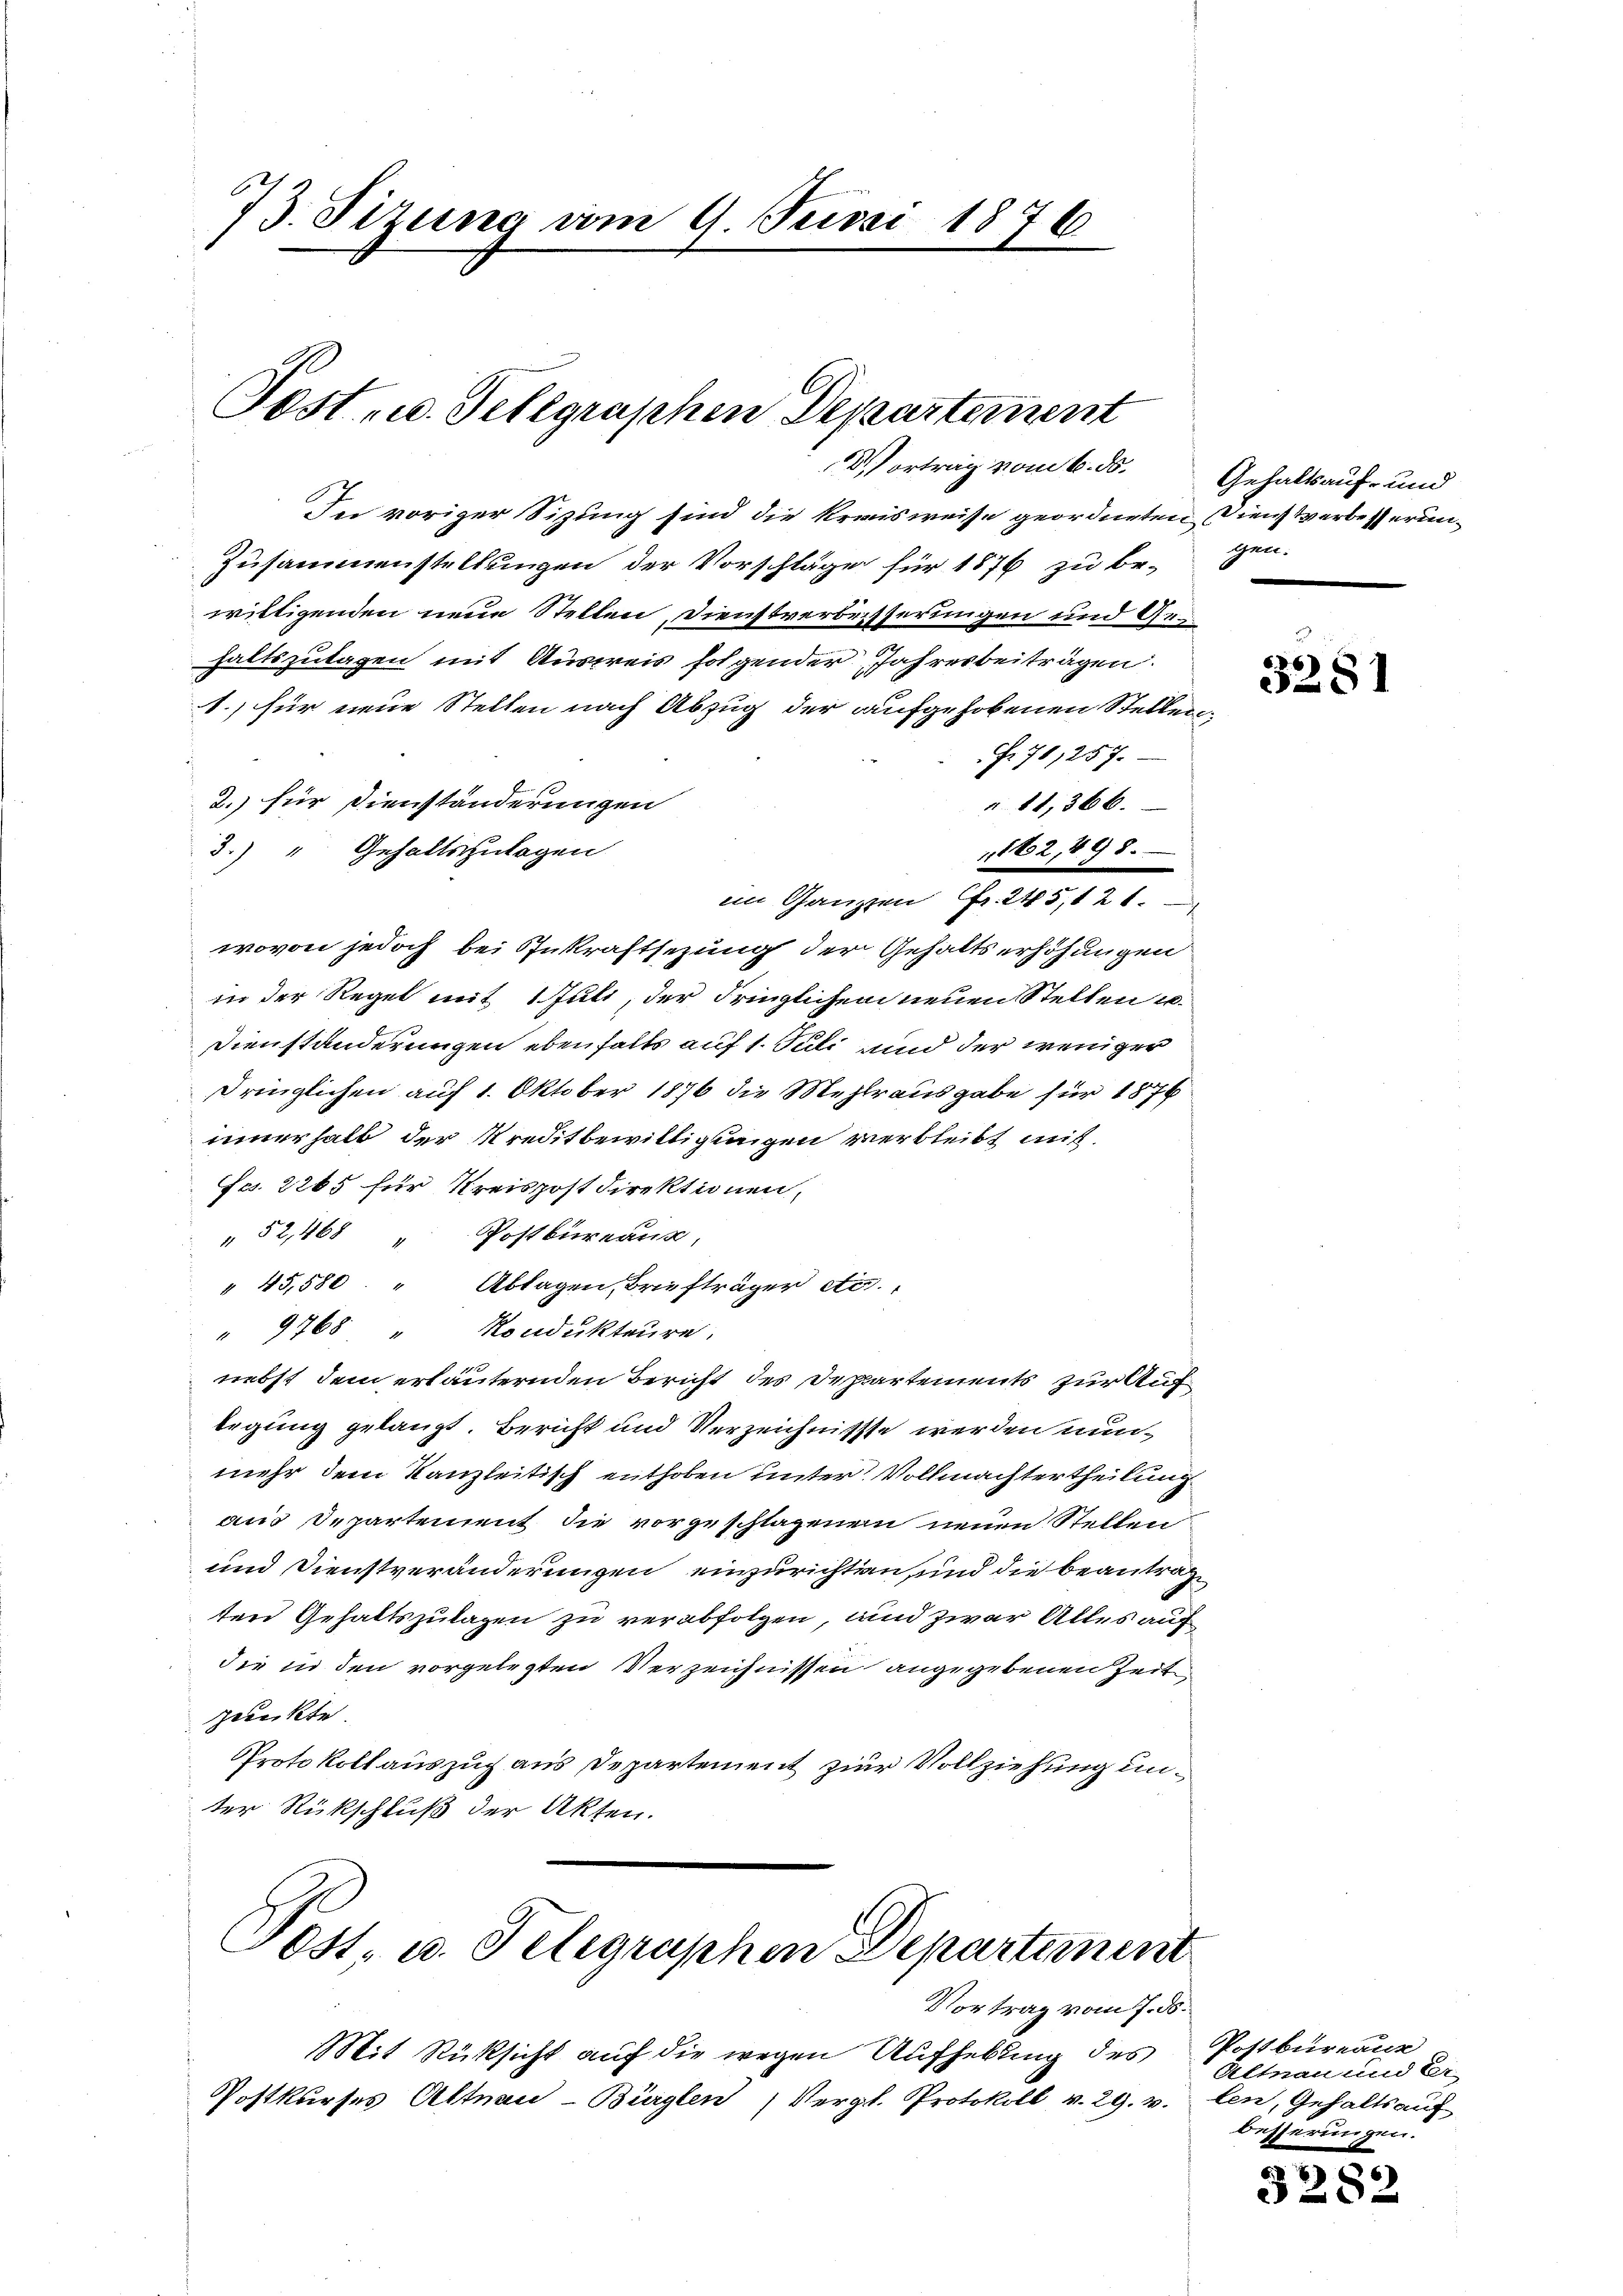
73. Sizung vom 9. Juni 1876

Post- u. Telegraphen Departement
Vortrag vom 6. ds.

In voriger Sitzung sind die Kreisweise geordneten Dienstverbesserun¬
Zusammenstellungen der Vorschläge für 1876 zu be-
willigenden neue Stellen, Dienstverbesserungen und Gehaltszulagen mit Ausweis folgender Jahresbeiträgen.
1.) für neue Stellen nach Abzug der aufgehobenen Stellen,
F. 70,257.
2.) für Dienständerungen
" 11,366.
1162, 898.
3.) " Gehaltszulagen
iin Ganzen Fr. 245, 121.
wovon jedoch bei Inkraftsezung der Gehaltserhöhungen
in der Regel mit 1 Juli, der dringlichen neuen Stellen u.
Dienständerungen ebenfalls auf 1. Juli und der weniger
dringlichen auf 1. Oktober 1876 die Mehlrausgabe für 1876
innerhalb der Kreditbewilligungen verbleibt mit
Fcs. 2265 für Kreispostdirektionen,
" 52,468 " Postbureaux,
" 45,580. " Ablagen, Briefträger etc.
" 9768 Rondukteure.
nebst dem erläuternden Bericht des Departements zur Auf
legung gelangt. Bericht und Verzeichnisse werden nunmehr dem Kanzleitisch enthoben unter Vollmachtertheilung
aus Departement die vorgeschlagenem neuen Stellen
und Dienstveränderungen einzurichten, und die beantragten Gehaltszulagen zu verabfolgen, und zwar Alles auf
die in den vorgelegten Verzeichnissen angegebenen Zeit
prueckte.
Protokoll auszug aus Departement zur Vollziehung unter Rückschluß der Akten.

Fost, u. Telegraphen Departement

Vortrag vom 7. ds.
Mit Rücksicht auf die wegen Aufhebung des Postbureau
Postkurses Altnau-Bürglen (Vergl. Protokoll v. 29. v.

Gehaltsauf- und
gen.

66)
3281

Altnau und Er-
len, Gehaltsauf
besserungen.

3